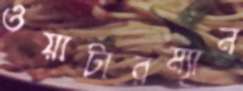
ওয়াটারম্যান